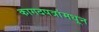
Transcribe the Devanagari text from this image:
कागदपत्रांमधून